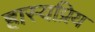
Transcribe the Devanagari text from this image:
हास्यप्रिय